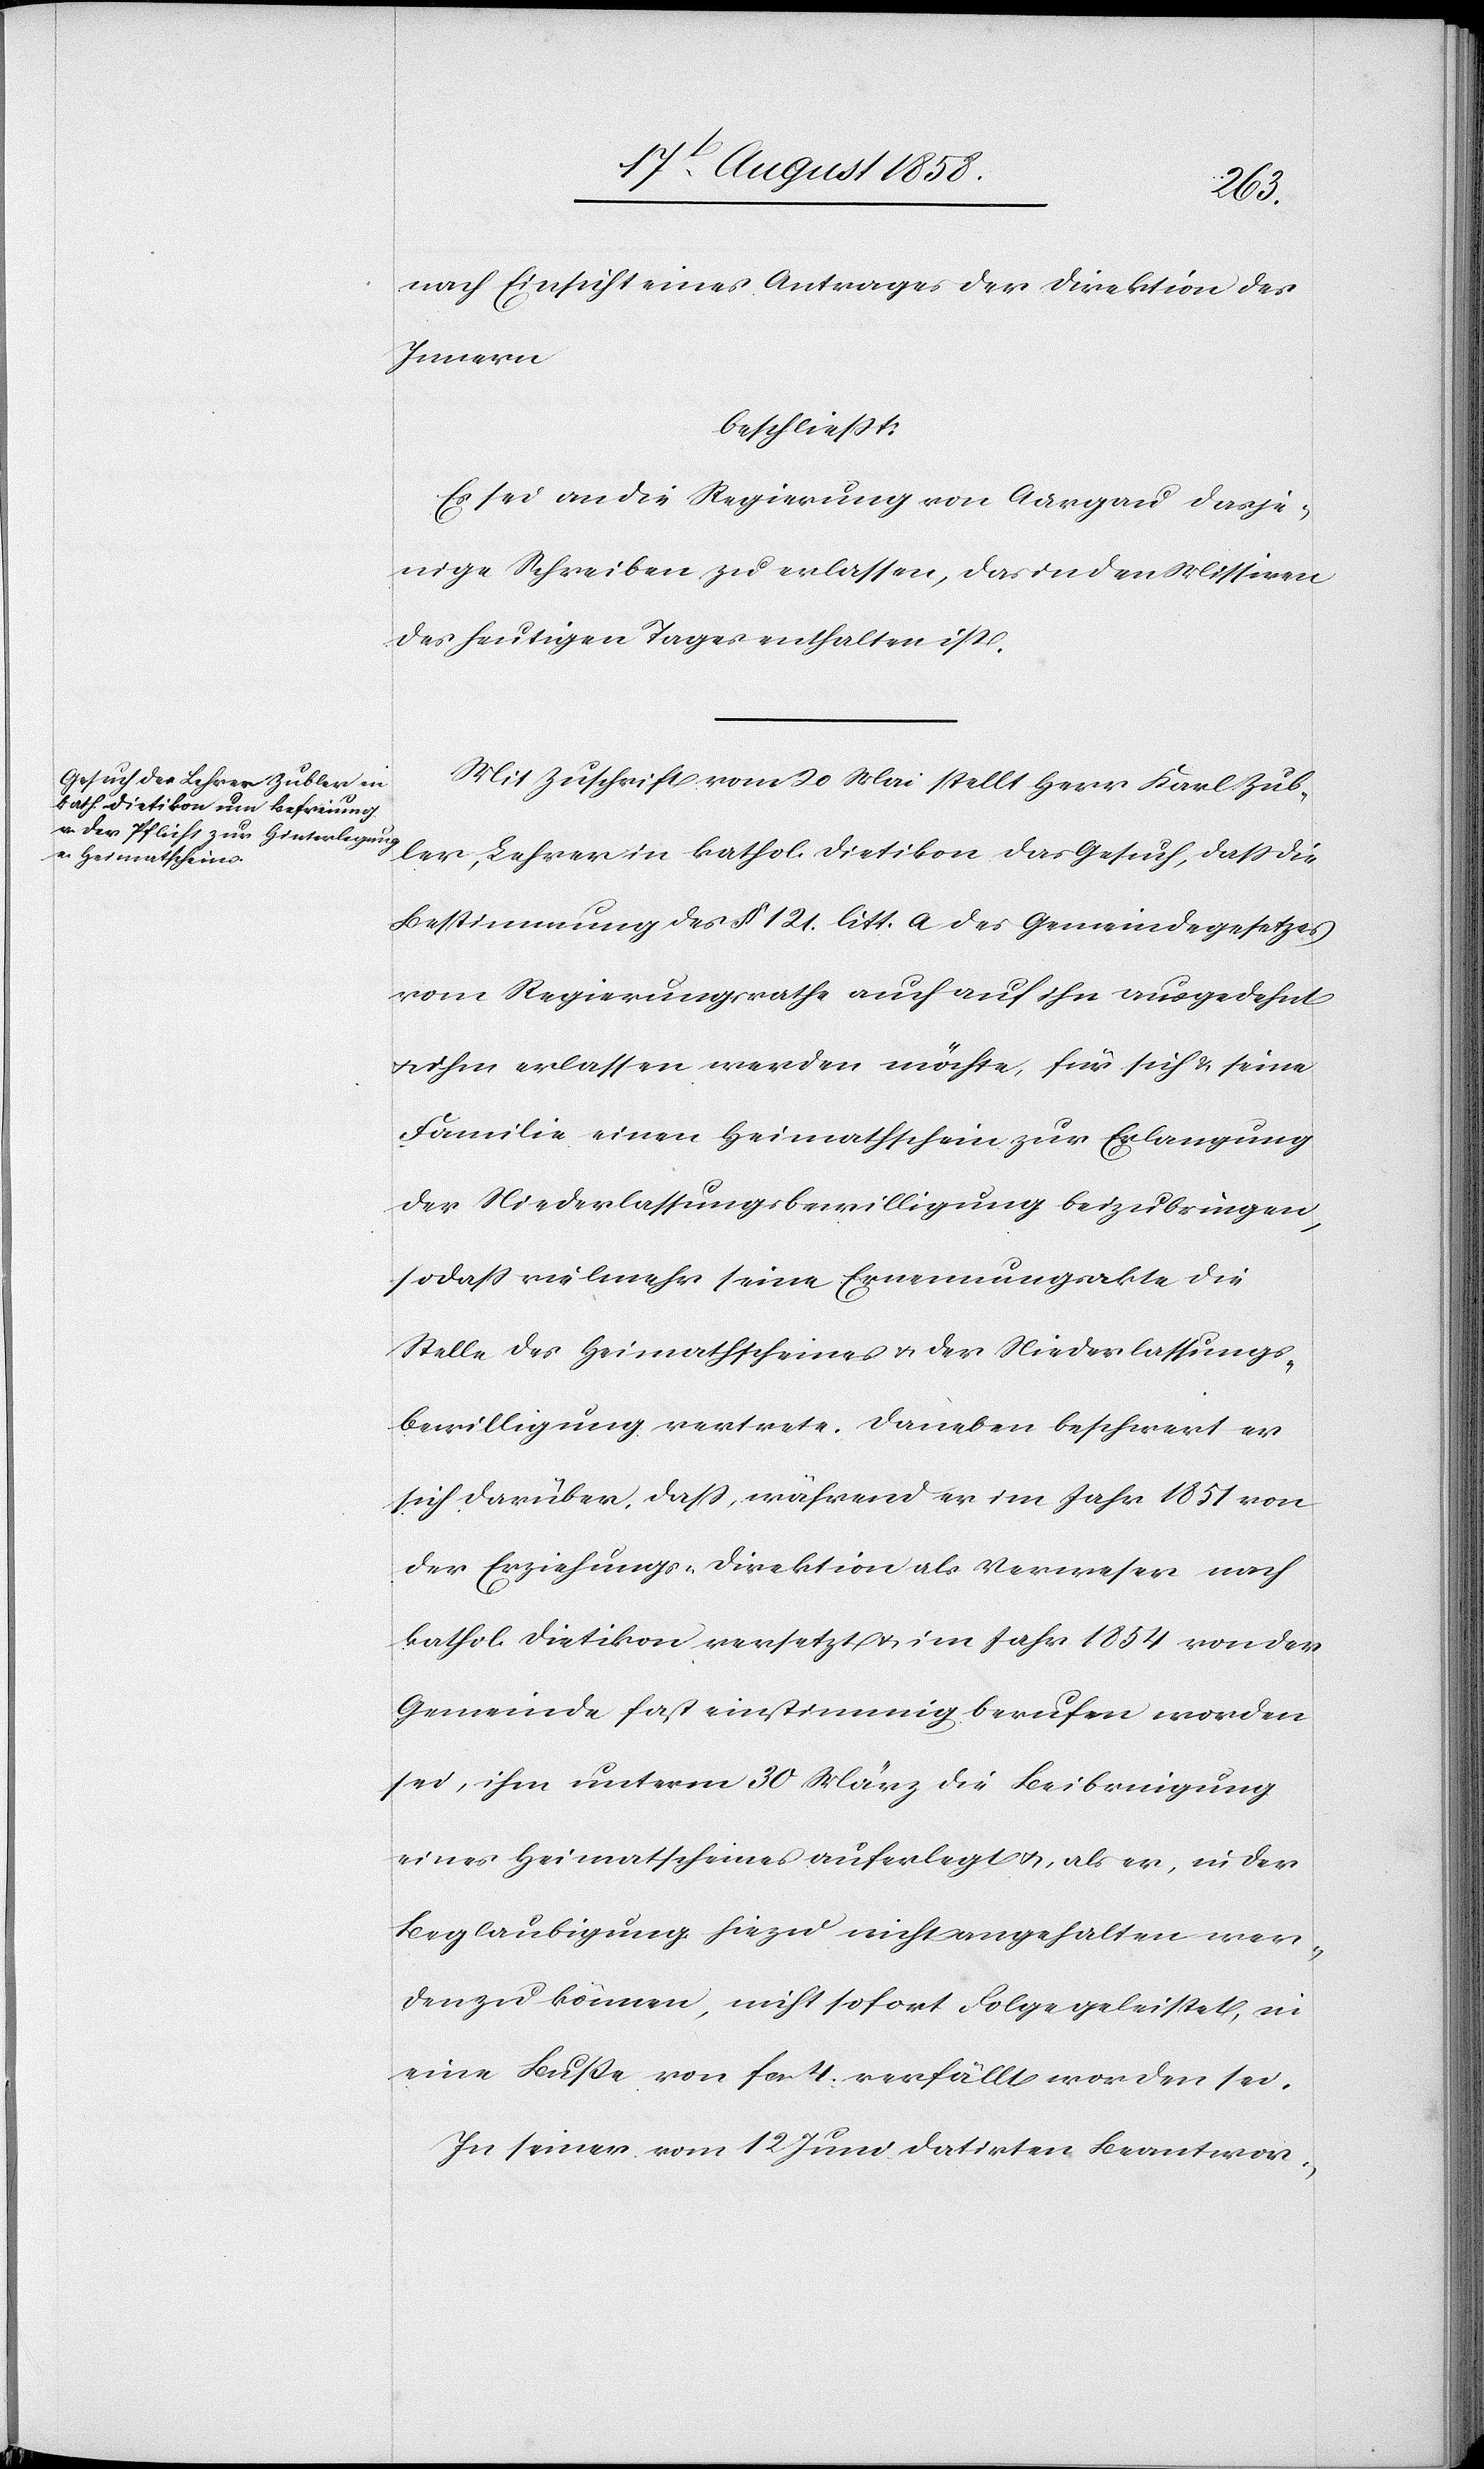
nach Einsicht eines Antrages der Direktion des
Innern
beschliesst:
Es sei an die Regierung von Aargau dasje¬
nige Schreiben zu erlassen, das in den Missiven
des heutigen Tages enthalten ist.
Mit Zuschrift vom 20 Mai stellt Herr Karl Zub¬
ler, Lehrer in kathol. Dietikon das Gesuch, dass die
Bestimmung des § 121. litt. a des Gemeindegesetzes
vom Regierungsrathe auch auf ihn ausgedehnt
ihm erlassen werden möchte, für sich & seine
Familie einen Heimathschein zur Erlangung
der Niederlassungsbewilligung beizubringen,
sodass vielmehr seine Ernennungsakte die
Stelle des Heimathscheines & der Niederlassungs¬
bewilligung vertrete. Daneben beschwert er
sich darüber, dass, während er im Jahr 1851 von
der Erziehungs-Direktion als Verweser nach
kathol. Dietikon versetzt & im Jahr 1854 von der
Gemeinde fast einstimmig berufen worden
sei, ihm unterm 30 März die Beibringung
eines Heimatscheines auferlegt &, als er, in der
Beglaubigung hiezu nicht angehalten wer¬
den zu können, nicht sofort Folge geleistet, in
eine Busse von fcs. 4. verfällt worden sei.
In seiner vom 12 Juni datirten Beantwor-